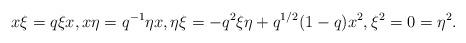
LaTeX: \begin{align*} x\xi = q \xi x, x\eta = q^{-1} \eta x, \eta\xi = - q^2 \xi\eta + q^{1/2}(1-q) x^2, \xi^2 = 0 = \eta^2.\end{align*}